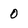
Character: 0